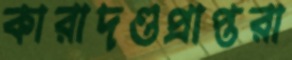
কারাদণ্ডপ্রাপ্তরা